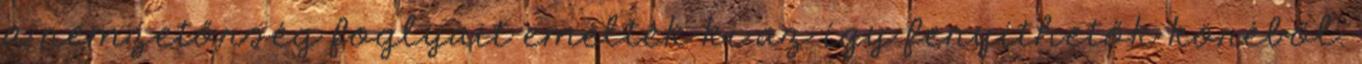
a nemzetőrség foglyait emelték ki az így fenyíthetők köréből.